Indian journal of veterinary science and animal husbandry - Volumes 15-17, 1948-1951
Year: 1948
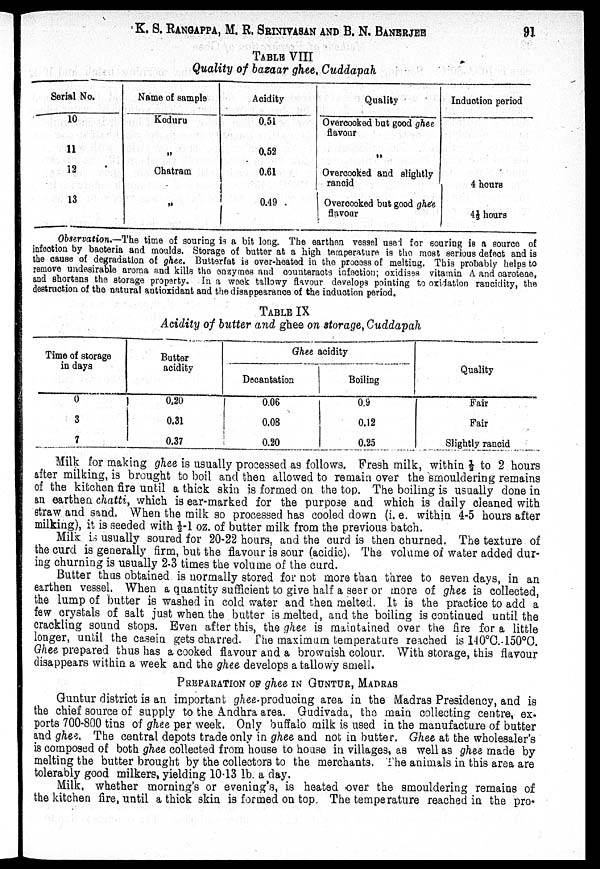
K. S. RANGAPPA, M. R. SRINIVASAN AND B. N. BANERJEE 91
TABLE VIII
Quality of bazaar ghee, Cuddapah
Serial No.
10
11
12
13
Name of sample
Koduru
„
Chatram
„
Acidity
0.51
0.52
0.61
0.49
Quality
Overcooked but good ghee
flavour
„
Overcooked and slightly
rancid
Overcooked but good ghee
flavour
Induction period
4 hours
4⅓ hours
Observation.—The time of souring is a bit long. The earthen vessel used for souring is a source of
infection by bacteria and moulds. Storage of butter at a high temperature is the most serious defect and is
the cause of degradation of ghee. Butterfat is over-heated in the process of melting. This probably helps to
remove undesirable aroma and kills the enzymes and counteracts infection; oxidises vitamin A and carotene,
and shortens the storage property. In a week tallowy flavour develops pointing to oxidation rancidity, the
destruction of the natural antioxidant and the disappearance of the induction period.
TABLE IX
Acidity of butter and ghee on storage, Cuddapah
Time of storage
in days
0
3
7
Butter
acidity
0.20
0.31
0.37
Ghee acidity
Decantation
0.06
0.08
0.20
Boiling
0.9
0.12
0.25
Quality
Fair
Fair
Slightly rancid
Milk for making ghee is usually processed as follows. Fresh milk, within ½ to 2 hours
after milking, is brought to boil and then allowed to remain over the smouldering remains
of the kitchen fire until a thick skin is formed on the top. The boiling is usually done in
an earthen chatti, which is ear-marked for the purpose and which is daily cleaned with
straw and sand. When the milk so processed has cooled down (i. e. within 4-5 hours after
milking), it is seeded with ½-1 oz. of butter milk from the previous batch.
Milk is usually soured for 20-22 hours, and the curd is then churned. The texture of
the curd is generally firm, but the flavour is sour (acidic). The volume of water added dur
ing churning is usually 2-3 times the volume of the curd.
Butter thus obtained is normally stored for not more than three to seven days, in an
earthen vessel. When a quantity sufficient to give half a seer or more of ghee is collected,
the lump of butter is washed in cold water and then melted. It is the practice to add a
few crystals of salt just when the butter is melted, and the boiling is continued until the
crackling sound stops. Even after this, the ghee is maintained over the fire for a little
longer, until the casein gets charred. The maximum temperature reached is l40°C. 150°C.
Ghee prepared thus has a cooked flavour and a brownish colour. With storage, this flavour
disappears within a week and the ghee develops a tallowy smell.
PREPARATION OF GHEE IN GUNTUR, MADRAS
Guntur district is an important ghee-producing area in the Madras Presidency, and is
the chief source of supply to the Andhra area. Gudivada, the main collecting centre, ex.
ports 700-800 tins of ghee per week. Only buffalo milk is used in the manufacture of butter
and ghee. The central depots trade only in ghee and not in butter. Ghee at the wholesaler's
is composed of both ghee collected from house to house in villages, as well as ghee made by
melting the butter brought by the collectors to the merchants. The animals in this area are
tolerably good milkers, yielding 10.13 lb. a day.
Milk, whether morning's or evening's, is heated over the smouldering remains of
the kitchen fire, until a thick skin is formed on top. The temperature reached in the pro-